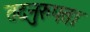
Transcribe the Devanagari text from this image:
तदनुरुपता